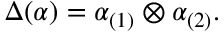
\Delta ( \alpha ) = \alpha _ { ( 1 ) } \otimes \alpha _ { ( 2 ) } .